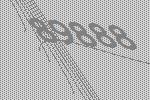
89888